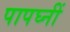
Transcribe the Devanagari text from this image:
पापघ्नीं